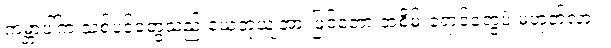
ကမ္ဘာပါ်က သစ်ပင်တွေသည် ယေဘုယျအားဖြင့်တော့ အစိမ်းရောင်တွေပဲ မဟုတ်လား။